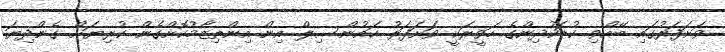
ވަށަފަރުގައި ބޭއްވި ކުޑަކުދިންގެ ހަވީރަކީ ވަށަފަރު ކައުންސިލް އިން އިންތިޒާމުކޮށްގެން ކުރިޔަށް ގެންދިޔަ